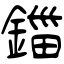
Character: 鍿